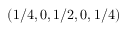
( 1 / 4 , 0 , 1 / 2 , 0 , 1 / 4 )